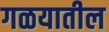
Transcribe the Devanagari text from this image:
गळयातील